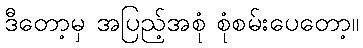
ဒီတော့မှ အပြည့်အစုံ စုံစမ်းပေတော့။